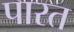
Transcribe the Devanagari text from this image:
पारत